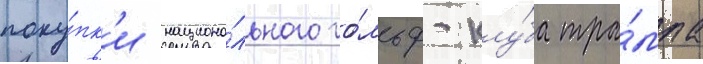
поку́пк'и национа́льного го́льф-клу́ба тра́мпа